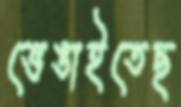
ভেঙাইতেছ